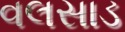
વલસાડ